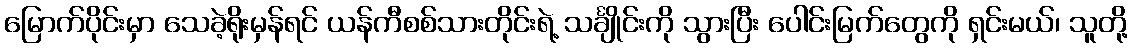
မြောက်ပိုင်းမှာ သေခဲ့ရိုးမှန်ရင် ယန်ကီစစ်သားတိုင်းရဲ့ သင်္ချိုင်းကို သွားပြီး ပေါင်းမြက်တွေကို ရှင်းမယ်၊ သူတို့